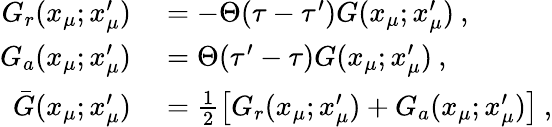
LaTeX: \begin{array}{rl}{G_{r}(x_{\mu};x_{\mu}^{\prime})}&{{}=-\Theta(\tau-\tau^{\prime})G(x_{\mu};x_{\mu}^{\prime})\: ,}\\ {G_{a}(x_{\mu};x_{\mu}^{\prime})}&{{}=\Theta(\tau^{\prime}-\tau)G(x_{\mu};x_{\mu}^{\prime})\: ,}\\ {\bar{G}(x_{\mu};x_{\mu}^{\prime})}&{{}=\frac{1}{2}\left[G_{r}(x_{\mu};x_{\mu}^{\prime})+G_{a}(x_{\mu};x_{\mu}^{\prime})\right]\: ,}\end{array}